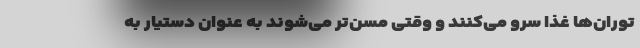
توران‌ها غذا سرو می‌کنند و وقتی مسن‌تر می‌شوند به عنوان دستیار به